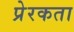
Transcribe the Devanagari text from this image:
प्रेरकता